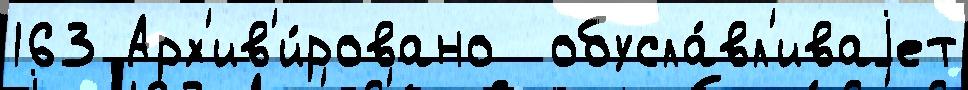
163 Арх'ив'и́ровано  обусла́вл'иваjет